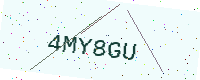
Text: 4MY8GU